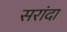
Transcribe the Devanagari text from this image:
सरांदा